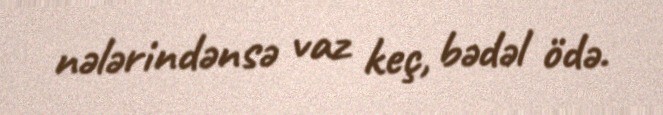
nələrindənsə vaz keç, bədəl ödə.